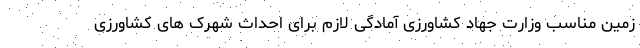
زمین مناسب وزارت جهاد کشاورزی آمادگی لازم برای احداث شهرک های کشاورزی